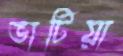
ভাটিয়া